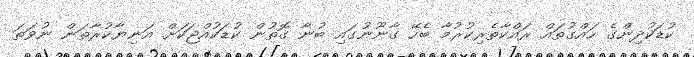
ކުޑަކުދިންގެ ހައްގުތައް ރައްކާތެރިކުރުމާ ބެހޭ ގާނޫނުގައި ބުނާ ގޮތުން ކުޑަކުއްޖަކަށް އަނިޔާކުރާތަން ނުވަތަ